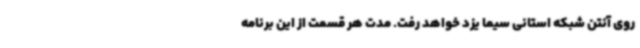
روی آنتن شبکه استانی سیما یزد خواهد رفت. مدت هر قسمت از این برنامه